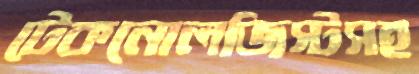
টেকনোলজিস্টসহ